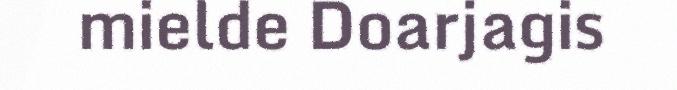
mielde Doarjagis